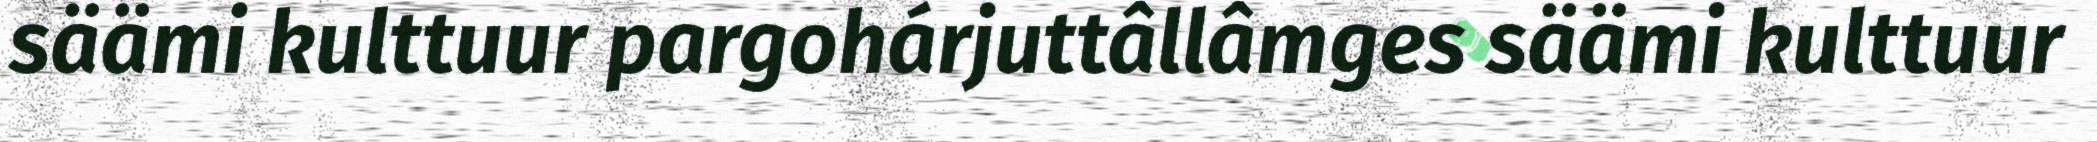
säämi kulttuur pargohárjuttâllâmges säämi kulttuur